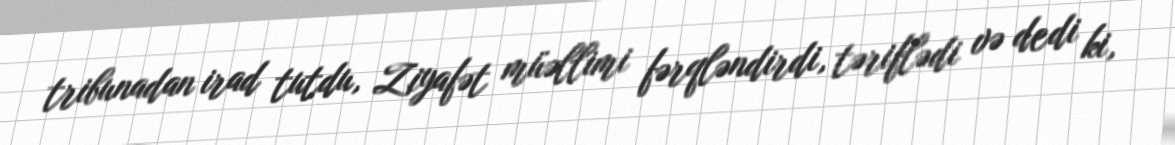
tribunadan irad tutdu, Ziyafət müəllimi fərqləndirdi, təriflədi və dedi ki,